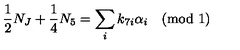
{ \frac { 1 } { 2 } } N _ { J } + { \frac { 1 } { 4 } } N _ { 5 } = \sum _ { i } k _ { 7 i } \alpha _ { i } \quad ( \mathrm { m o d \ 1 } )